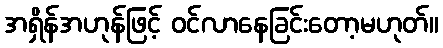
အရှိန်အဟုန်ဖြင့် ဝင်လာနေခြင်းတော့မဟုတ်။